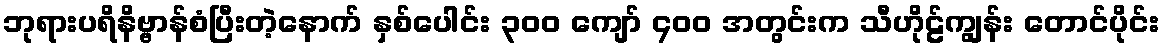
ဘုရားပရိနိဗ္ဗာန်စံပြီးတဲ့နောက် နှစ်ပေါင်း ၃၀၀ ကျော် ၄၀၀ အတွင်းက သီဟိုဠ်ကျွန်း တောင်ပိုင်း